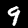
Label: 9